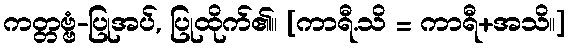
ကတ္တဗ္ဗံ-ပြုအပ်, ပြုထိုက်၏။ [ကာရီ.သိ = ကာရီ+အသိ။]